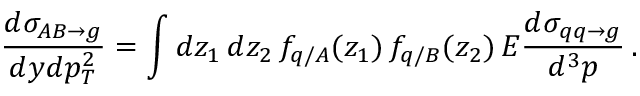
\frac { d \sigma _ { A B \rightarrow g } } { d y d p _ { T } ^ { 2 } } = \int d z _ { 1 } \, d z _ { 2 } \, f _ { q / A } ( z _ { 1 } ) \, f _ { q / B } ( z _ { 2 } ) \, E \frac { d \sigma _ { q q \rightarrow g } } { d ^ { 3 } p } \, .